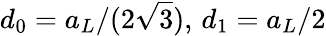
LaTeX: d_{0}=a_{L}/(2\sqrt{3}),\, d_{1}=a_{L}/2